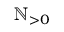
\mathbb { N } _ { > 0 }